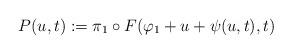
LaTeX: \begin{align*}P(u,t):= \pi_1\circ F(\varphi_1 + u + \psi(u,t), t)\end{align*}